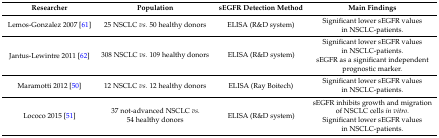
| Researcher | Population | sEGFR Detection Method | Main Findings |
 | --- | --- | --- | --- |
 | Lemos-Gonzalez 2007 [61] | 25 NSCLC vs. 50 healthy donors | ELISA (R&D system) | Significant lower sEGFR values in NSCLC-patients. |
 | <ROWSPAN=2> Jantus-Lewintre 2011 [62] | <ROWSPAN=2> 308 NSCLC vs. 109 healthy donors | <ROWSPAN=2> ELISA (R&D system) | Significant lower sEGFR values in NSCLC-patients. |
 | sEGFR as a significant independent prognostic marker. |
 | Maramotti 2012 [50] | 12 NSCLC vs. 12 healthy donors | ELISA (Ray Boitech) | Significant lower sEGFR values in NSCLC-patients. |
 | <ROWSPAN=2> Lococo 2015 [51] | <ROWSPAN=2> 37 not-advanced NSCLC vs. 54 healthy donors | <ROWSPAN=2> ELISA (R&D system) | sEGFR inhibits growth and migration of NSCLC cells in vitro. |
 | Significant lower sEGFR values in NSCLC-patients. |